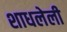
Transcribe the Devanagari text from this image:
शाधलेली